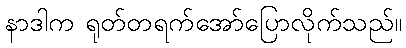
နာဒါက ရုတ်တရက်အော်ပြောလိုက်သည်။